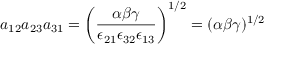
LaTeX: a _ { 1 2 } a _ { 2 3 } a _ { 3 1 } = \left( \frac { \alpha \beta \gamma } { \epsilon _ { 2 1 } \epsilon _ { 3 2 } \epsilon _ { 1 3 } } \right) ^ { 1 / 2 } = ( \alpha \beta \gamma ) ^ { 1 / 2 }